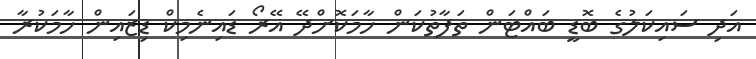
އަދި ސައިކަލުގެ ބޮޑީ ބައްޓަން ތަފާތުކަން ހާމަކޮށްދޭ އޭރޯ ޑައިނެމިކް ޑިޒައިން ހާމަކުރާ